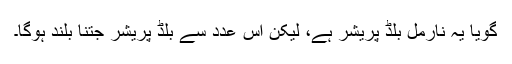
گویا یہ نارمل بلڈ پریشر ہے، لیکن اس عدد سے بلڈ پریشر جتنا بلند ہوگا۔